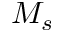
M _ { s }